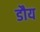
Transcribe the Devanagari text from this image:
डौय